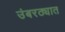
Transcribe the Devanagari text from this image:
उंबरठ्यात